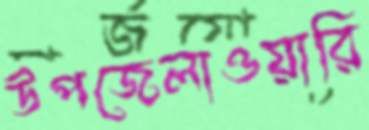
উপজেলাওয়ারি